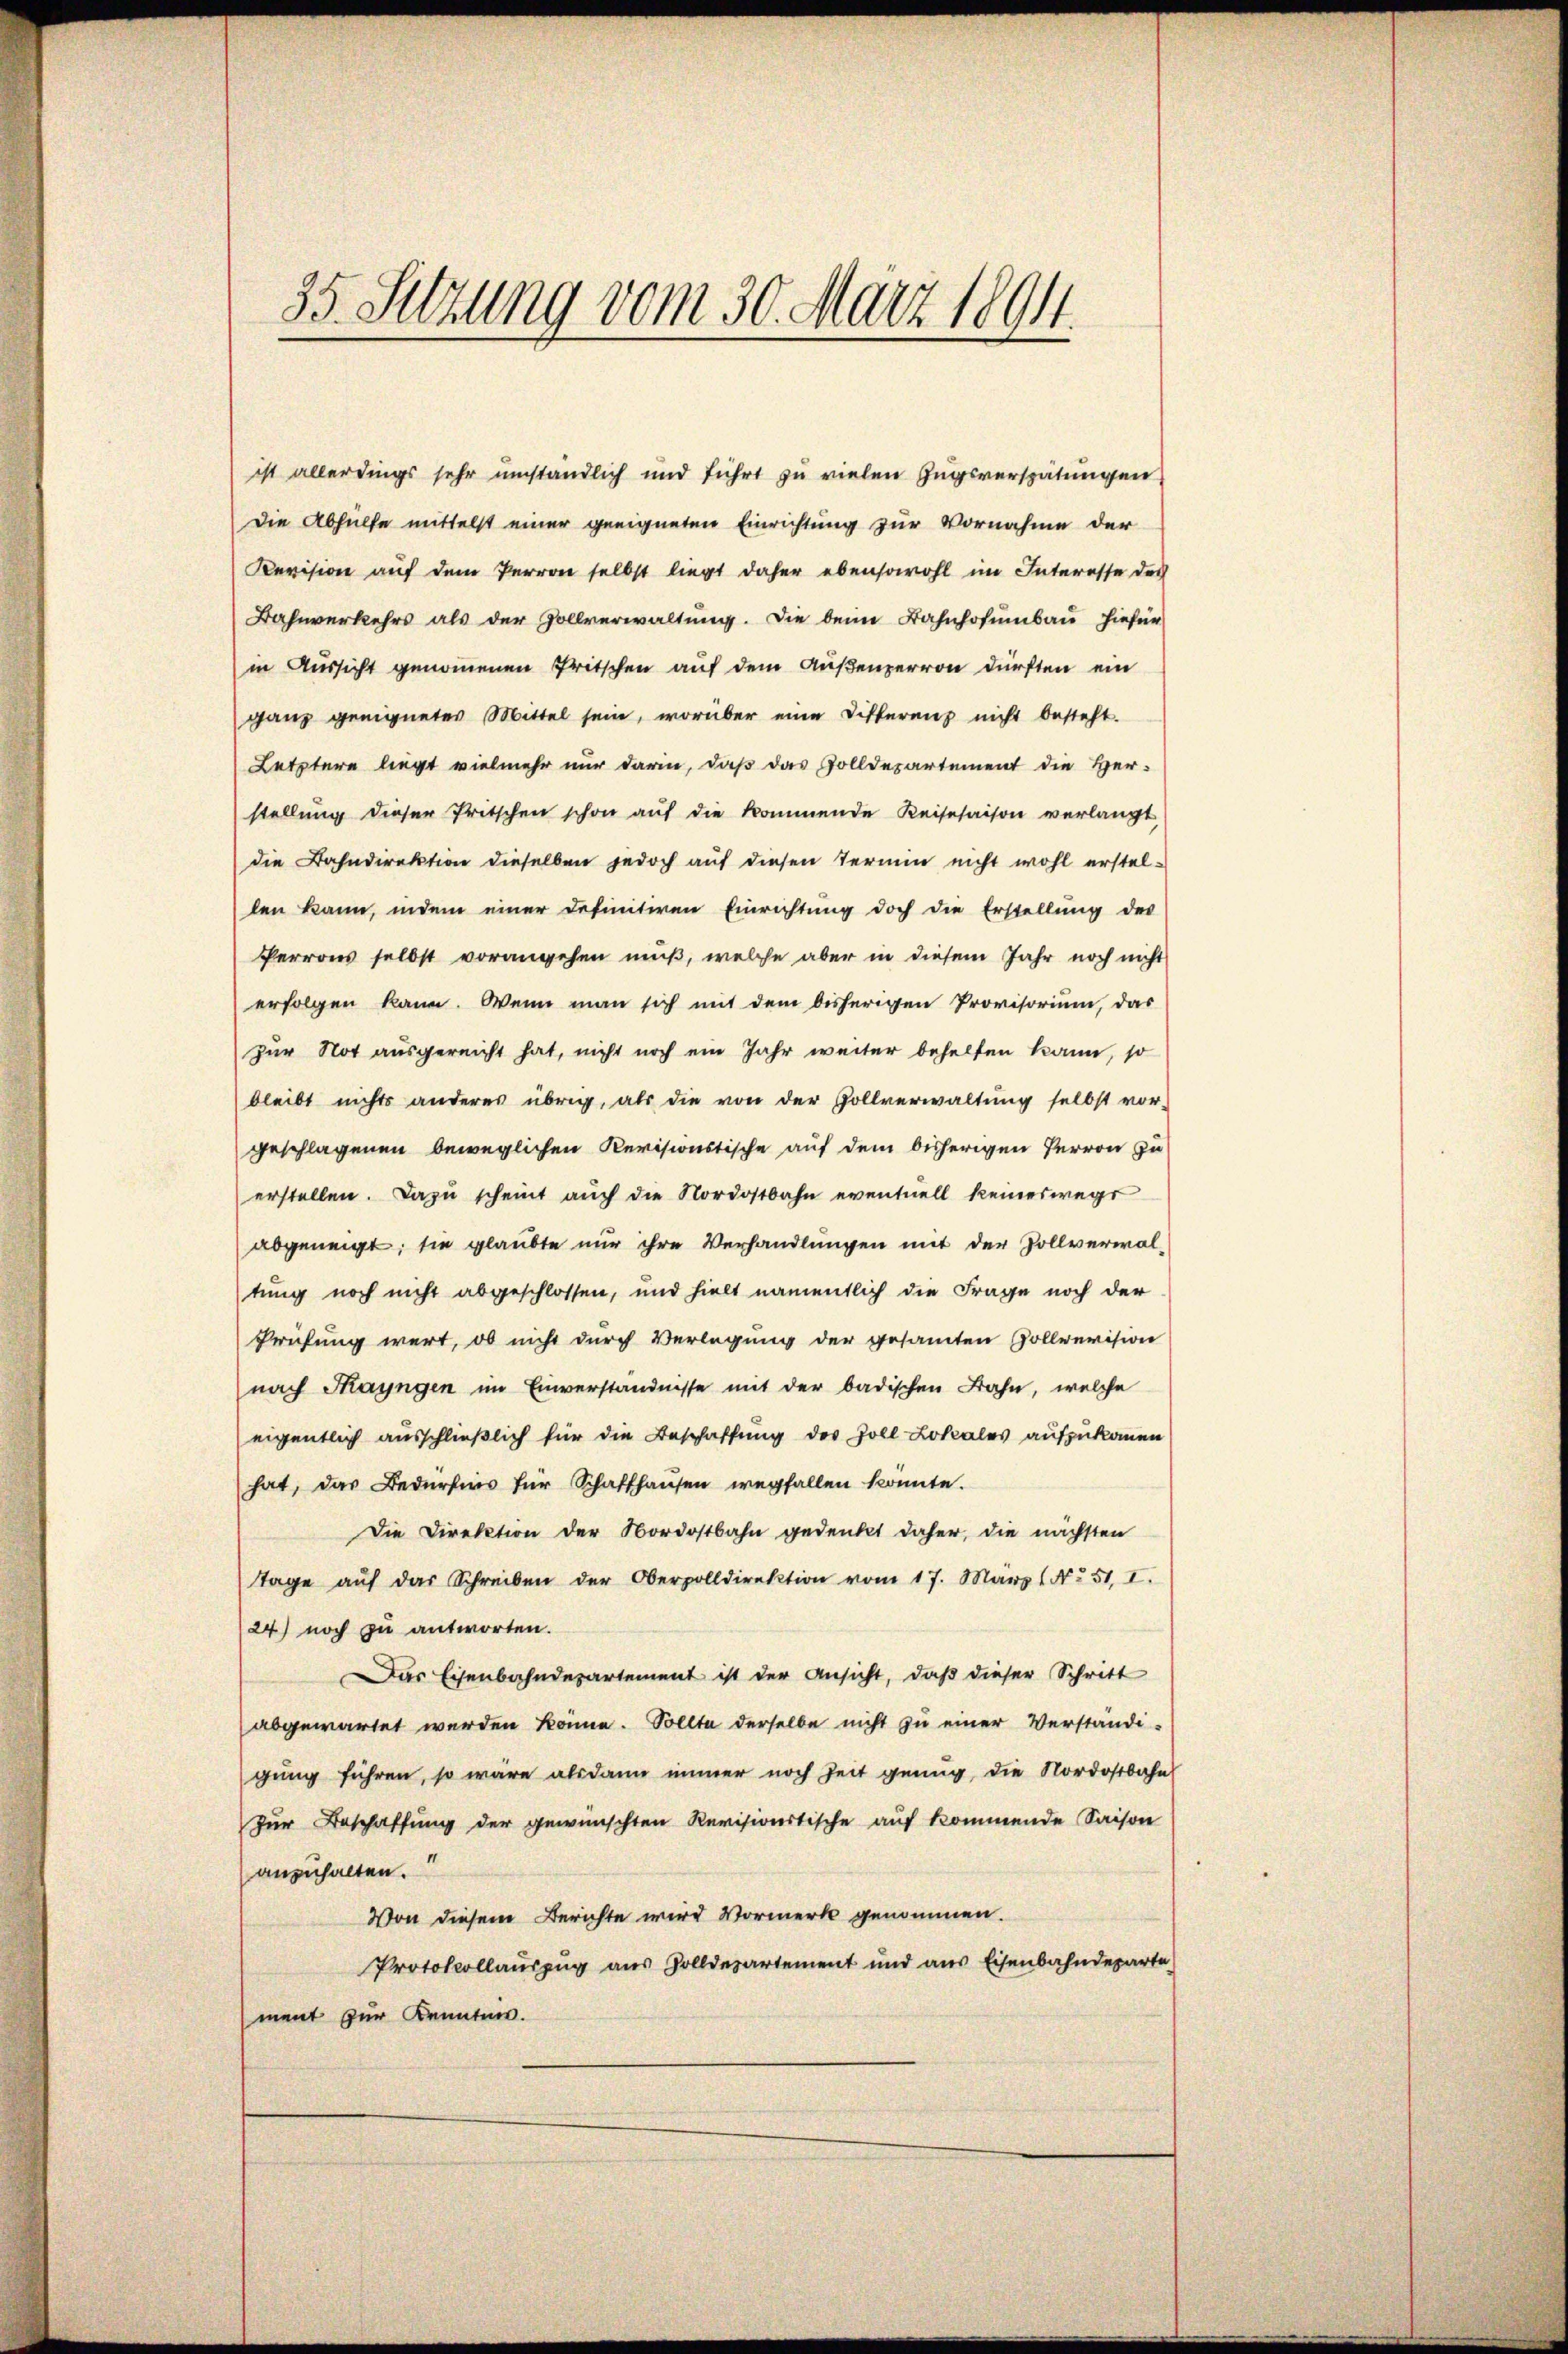
ist allerdings sehr umständlich und führt zu vielen Zugsverspätungen
Die Abhülfe mittelst einer geeigneten Einrichtung zur Vornahme der
Revision auf dem Perron selbst liegt daher ebensowohl im Interesse der
Bahnverkehrs als der Zollverwaltŭng. Die beim Bahnhofumbau hiefür
in Aussicht genommenen Pritschen auf dem Außenperren dürften ein
ganz geeigneter Mittel sein, worüber eine Differenz nicht besteht.
Letztere liegt vielmehr nur darin, daß das Zolldepartement die Her-
stellung dieser Pritschen schon aŭf die kommende Reisesaison verlangt,
die Bahndirektion dieselben jedoch auf diesen Termin nicht wohl erstellen kann, indem einer definitiven Einrichtŭng doch die Erstellŭng des
Perrons selbst vorangehen muß, welche aber in diesem Jahr noch nicht
erfolgen kann. Wenn man sich mit dem bisherigen Provisorium, das
zur Not ausgereicht hat, nicht noch ein Jahr weiter behelfen kann, so
bleibt nichts anderes übrig, als die von der Zollverwaltŭng selbst vor-
geschlagenen beweglichen Revisionstische auf dem bisherigen Hervon zu
erstellen. Dazu scheint auch die Nordostbahn eventuell keineswegs
abgeneigt; sie glaubte nur ihre Verhandlungen mit der Zollverwal-
tung noch nicht abgeschlossen, und hielt namentlich die Frage noch der
Prüfung wert, ob nicht durch Verlegung der gesamten Zollrevision
nach Thayngen im Einverständnisse mit der badischen Bahn, welche
eigentlich ausschließlich für die Beschaffung des Zoll Lokales aufzukommen
hat, das Bedürfnis für Schaffhausen wegfallen konnte.
Die Direktion der Nordostbahn gedenkt daher, die nächsten
tage aŭf das Schreiben der Oberpolldirektion vom 17. März 1. No. 51. I.
24) noch zu antworten.
Das Eisenbahndepartement ist der Ansicht, daß dieser Schritt
abgewartet werden könne. Sollte derselbe nicht zu einer Verständi-
gung führen, so wäre alsdann immer noch Zeit genug, die Nordostbahn
Zur Beschaffung der gewünschten Revisionstische aŭf kommende Saison
anzuhalten.
Von diesem Berichte wird Vormerk genommen.
Protokollauszug aus Zolldepartement und aus Eisenbahndeparte
ment zur Kenntnis.

35. Setzung vom 30. März 1894.